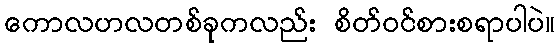
ကောလဟလတစ်ခုကလည်း စိတ်ဝင်စားစရာပါပဲ။